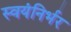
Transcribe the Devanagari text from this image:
स्‍वयंनिर्भर